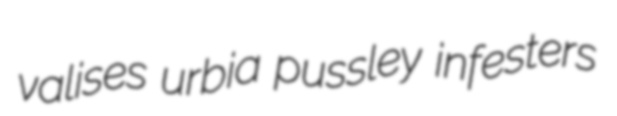
valises urbia pussley infesters